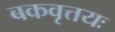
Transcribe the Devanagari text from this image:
बकवृत्तयः